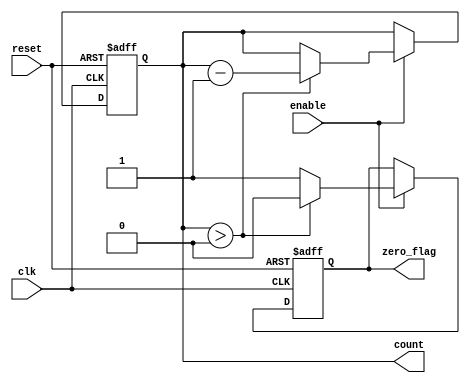
module decremental_counter #(
    parameter MAX_COUNT = 8  // Define the maximum count value (can be adjusted)
)(
    input wire clk,           // Clock signal
    input wire reset,         // Reset signal
    input wire enable,        // Enable signal for decrementing
    output reg [3:0] count,   // Current count value (4 bits to accommodate MAX_COUNT)
    output reg zero_flag      // Flag to indicate when count reaches zero
);

    // Initialize the count value to MAX_COUNT on reset
    always @(posedge clk or posedge reset) begin
        if (reset) begin
            count <= MAX_COUNT; // Reset to maximum count value
            zero_flag <= 1'b0;   // Reset zero flag
        end else if (enable) begin
            if (count > 0) begin
                count <= count - 1; // Decrement the count
                zero_flag <= 1'b0;   // Reset zero flag
            end else begin
                zero_flag <= 1'b1;   // Set zero flag when count reaches zero
            end
        end
    end

endmodule